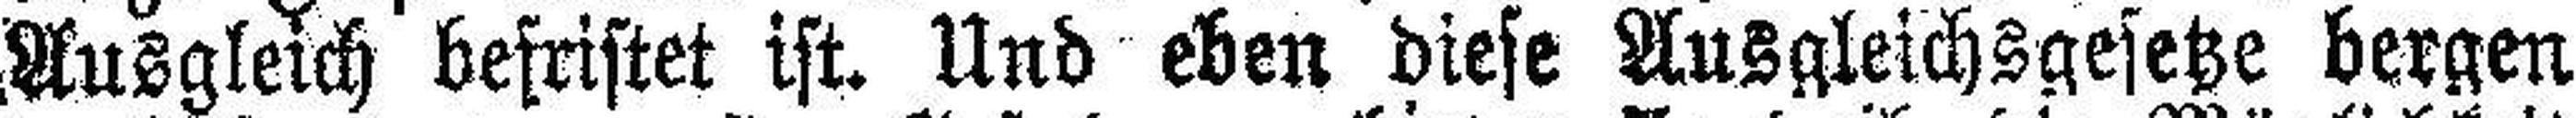
Ausgleich befristet ist. Und eben diese Ausgleichsgesetze bergen